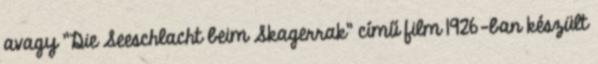
avagy "Die Seeschlacht beim Skagerrak" című film 1926-ban készült